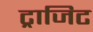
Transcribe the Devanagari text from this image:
ट्राजिट